Annual statistical returns and brief notes on vaccination in Bengal - 1896-1909
Year: 1896
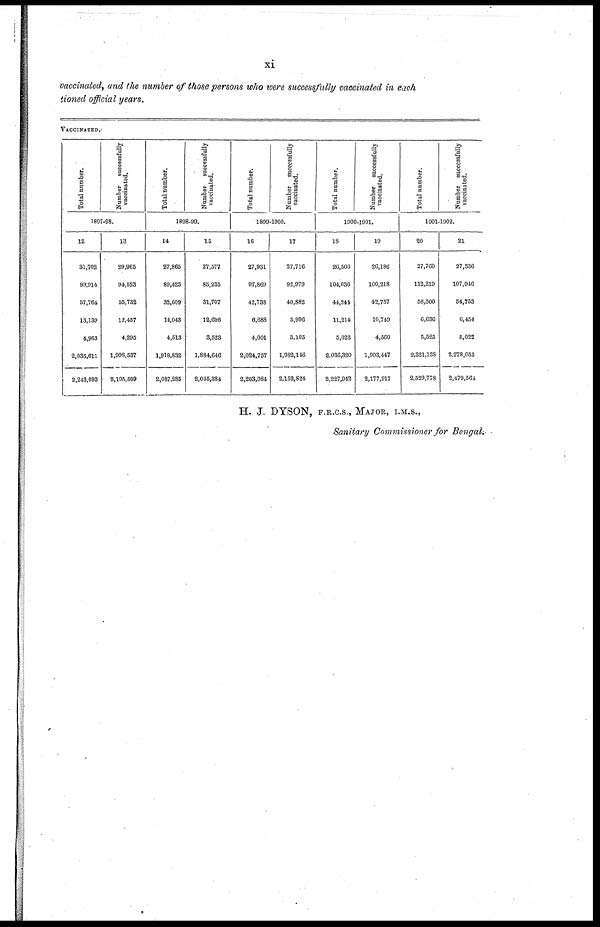
xi
vaccinated, and the number of those persons who were successfully vaccinated in each
tioned official years.
VACCINATED.
Total number.
Number
successfully
vaccinated.
1807-98.
12
31,702
99,914
57,764
13,139
4,963
2,035,611
2,213,093
13
29,965
94,523
55,732
12,457
4,295
1,998,537
2,195,509
Total number.
Number
successfully
vaccinated.
1898-99.
14
27,865
89,423
32,609
14,043
4,513
1,918,832
2,087,285
15
27,577
85,235
31,707
12,696
3,523
1,884,646
2,045,384
Total number.
Number
successfully
vaccinated.
1899-1900.
16
27,931
97,869
42,738
6,688
4,001
2,024,757
2,203,984
17
27,716
92,979
40,882
5,996
3,105
1,982,146
2,152,824
Total number.
Number successfully
vaccinated.
1900-1901.
18
26,506
104,636
44,244
11,214
5,022
2,036,320
2,227,942
19
26,186
100,218
42,757
10,749
4,560
1,993,447
2,177,917
Total number.
Number successfully
vaccinated.
1901-1902.
20
27,760
112,219
56,500
6,636
5,525
2,321,138
2,529,778
21
27,336
107,946
54,753
6,454
5,022
2,278,053
2,479,564
H. J. DYSON, F.R.C.S., MAJOR, I.M.S.,
Sanitary Commissioner for Bengal.